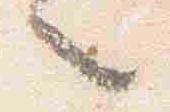
々